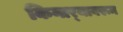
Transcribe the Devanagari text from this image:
किनार्‍यावरून